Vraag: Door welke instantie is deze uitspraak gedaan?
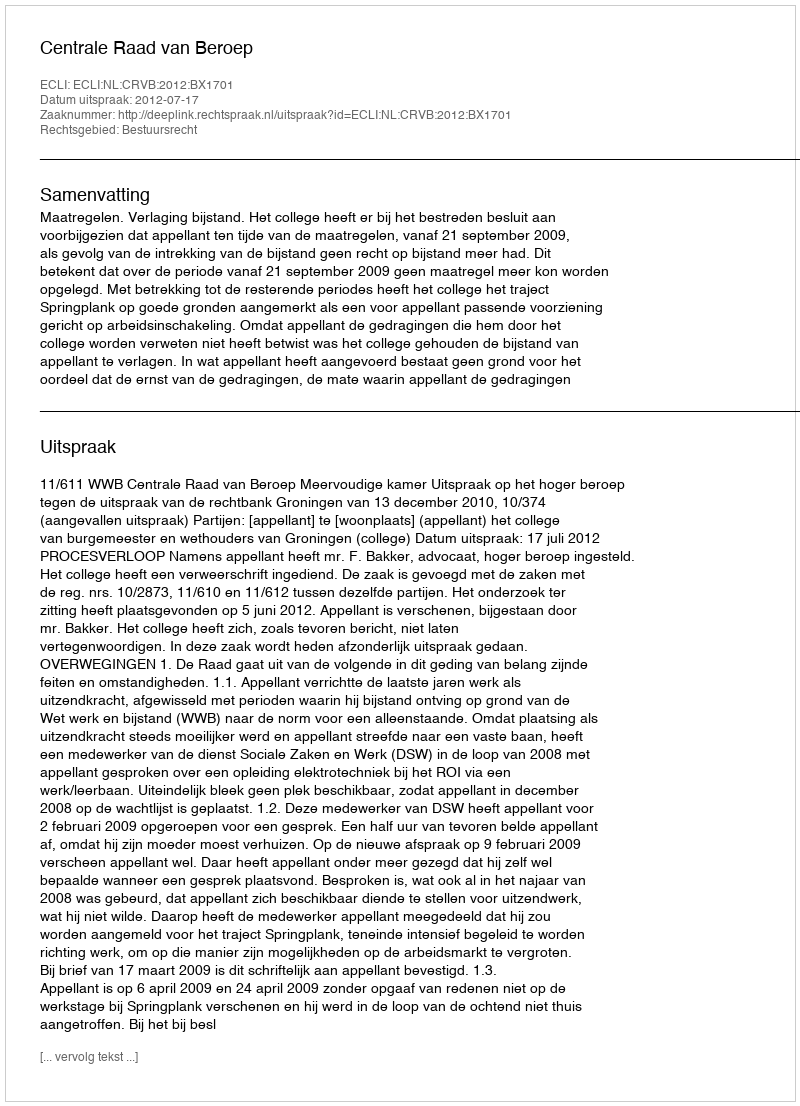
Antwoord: Centrale Raad van Beroep